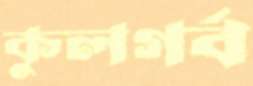
কুলগর্ব